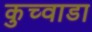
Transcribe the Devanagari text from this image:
कुच्वाडा